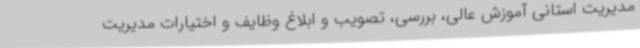
مدیریت استانی آموزش عالی، بررسی، تصویب و ابلاغ وظایف و اختیارات مدیریت